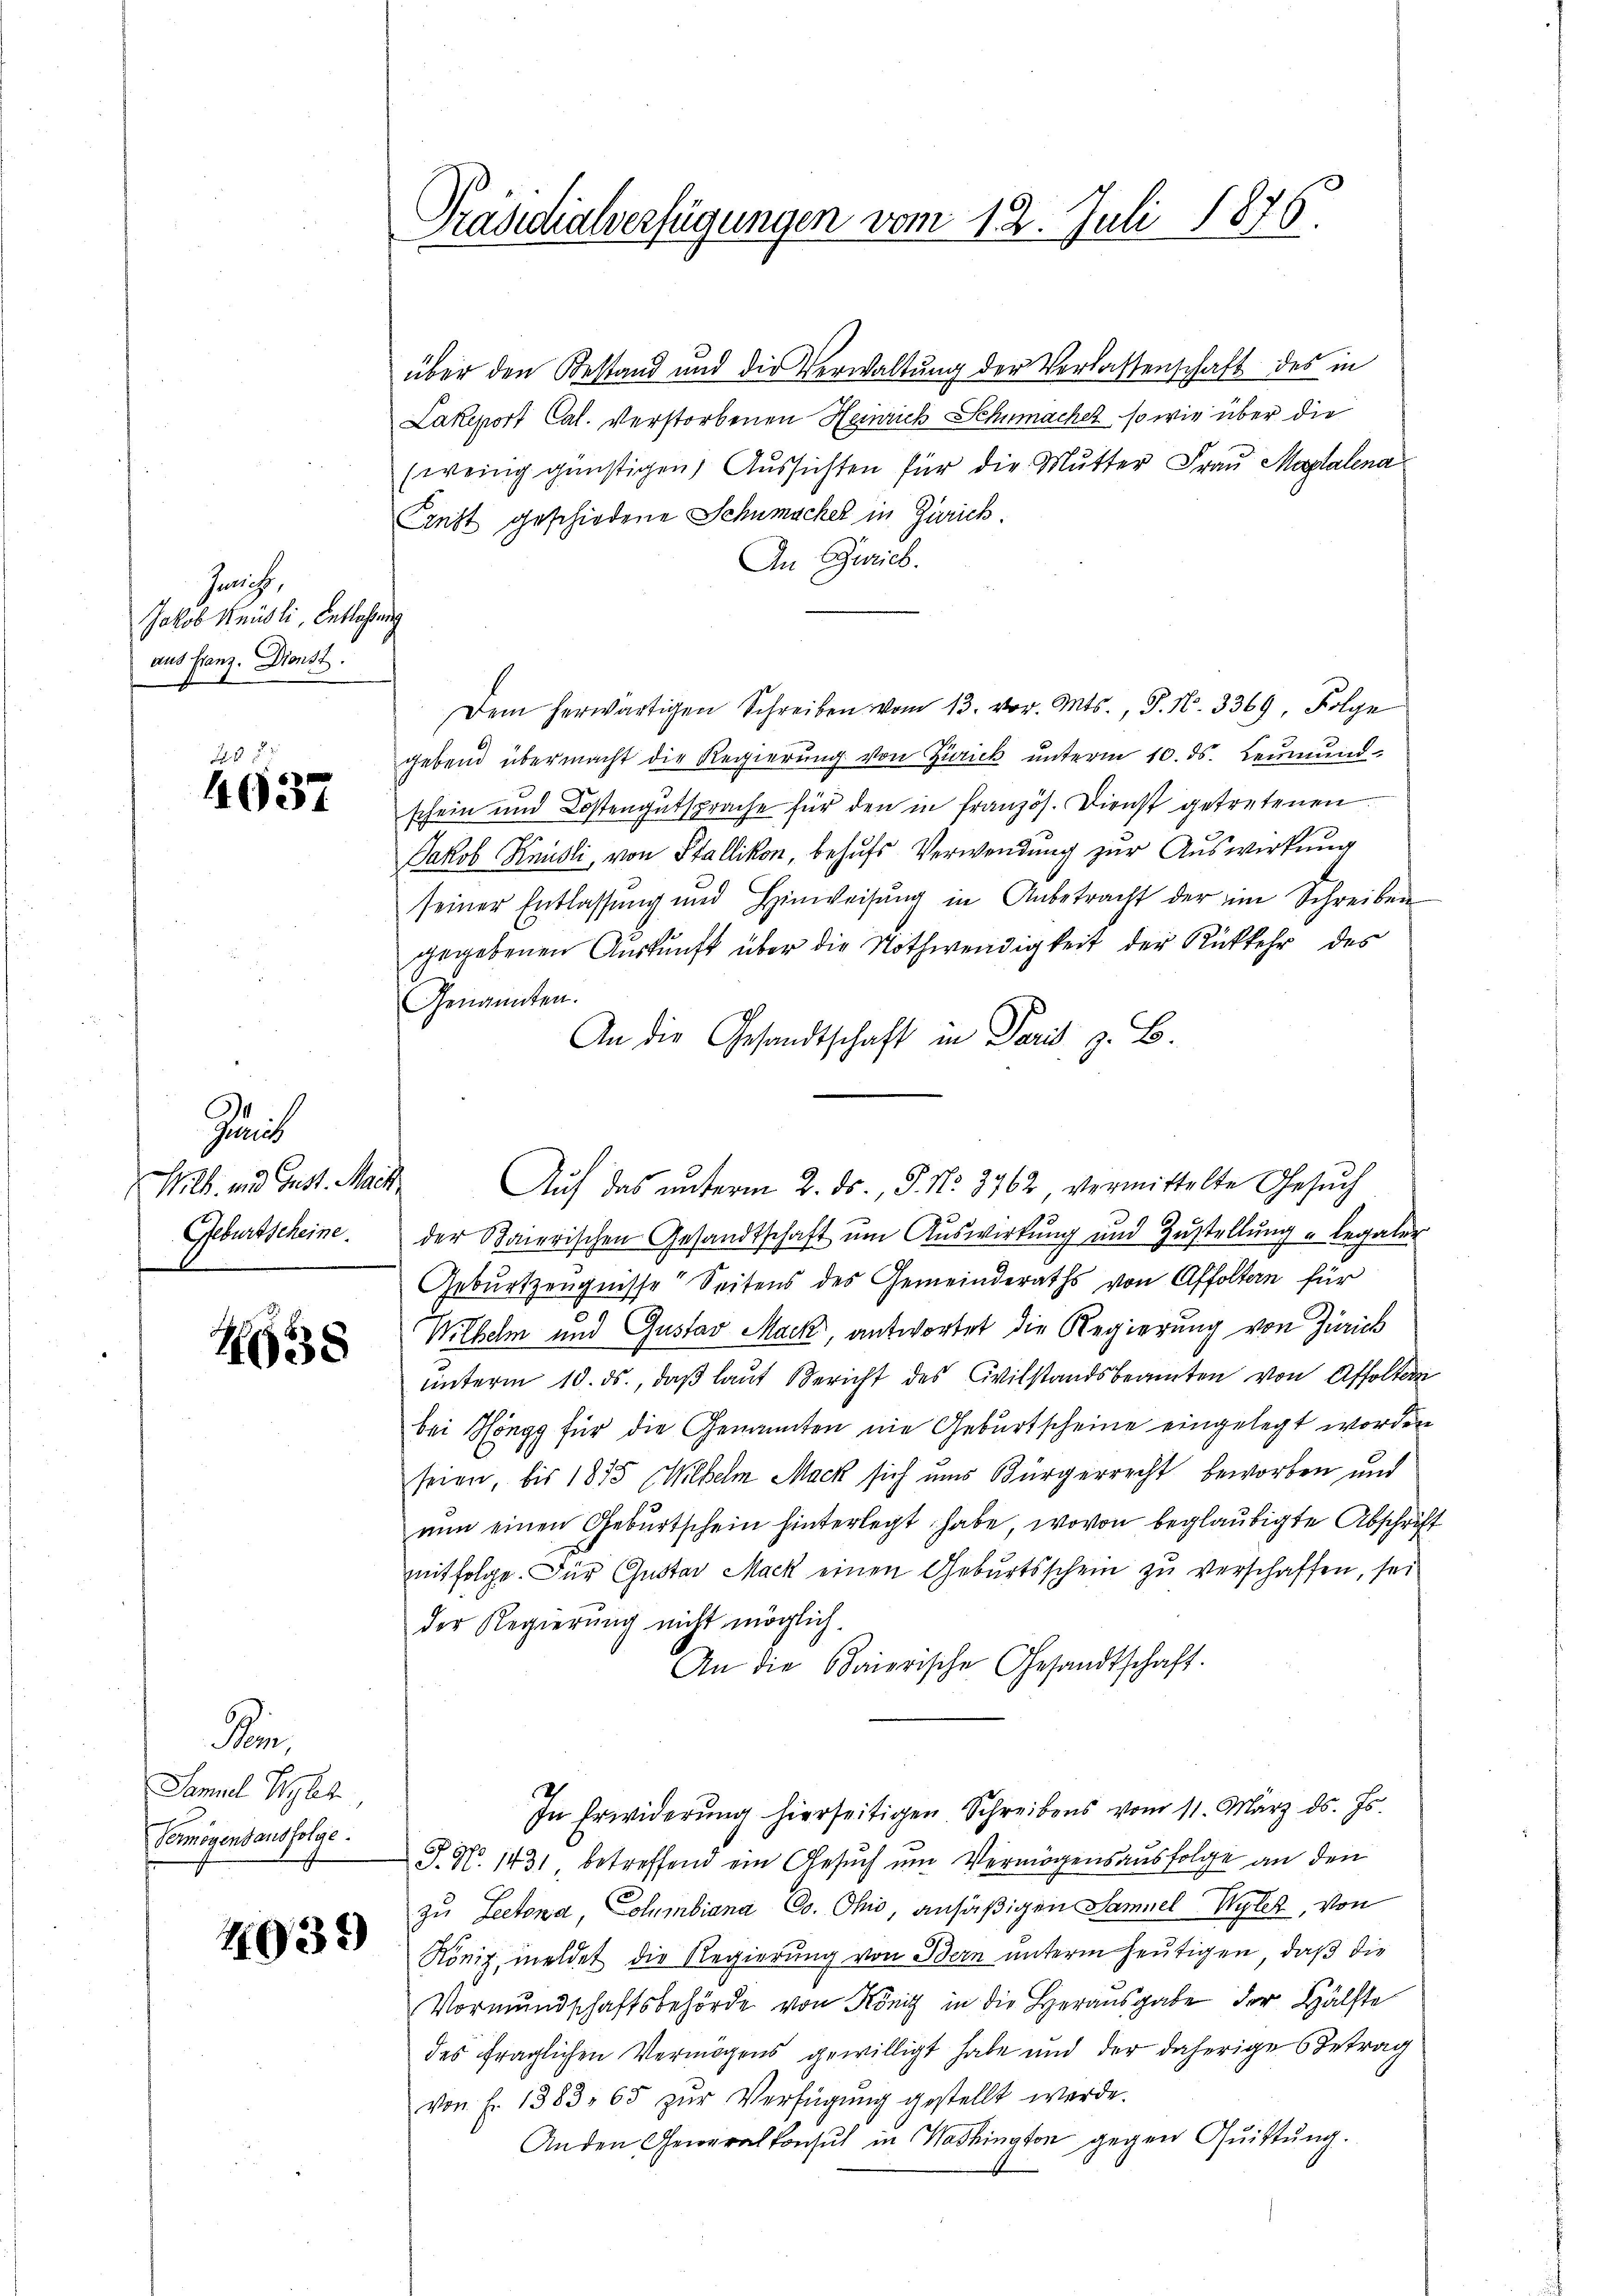
Gericht,
Jakob Knüsli, Entlaßung
aus Franz. Dienst.

288.
4037

Zürich
Wilh. und Gust. Maik
Geburtscheine.

H638

Bin
Samuel Bybet
Vermögensausfolge.

4039

Präsidialverfügungen vom 12. Juli 1876.

über den Bestand und die Verwaltŭng der Verlassenschaft des in
Lakeport Cal. Verstorbenen Heinrich Schumacher so wie über die
(wenig günstigen Aŭssichten für die Mutter Frau Moralena
Ernst geschiedene Schumachel in Zürich.
An Zürich.
Dem herwärtigen Schreiben vom 13. vor. Mts., S. N. 3369, Folge
gebend übermacht die Regierung von Zürick unterm 10. ds. Leumund.
schein und Kostengutsprache für den in französ. Dienst getretenen
Jakob Knüsli, von Stallikon, behufs Verwendung zur Auswirkung
seiner Entlassung und Hinweisŭng in Anbetracht der im Schreiben
gegebenen Aŭskŭnft über die Nothwendigkeit der Rückkehr des
Genannten.
An die Gesandtschaft in Paris z. B.
der Baierischen Gesandtschaft ŭm Aŭswirkung und Zŭstellŭng u legaler
Geburtzeugnisse Seitens des Gemeinderaths von Affolten für
Wilhelm und Gustav Mack, antwortet die Regierung von Zürich
ŭnterm 10. ds., daβ laut Bericht des Civilstandsbeamten von Affolte
bei Höngg für die Genannten nie Geburtscheine eingelegt worden
seien, bis 1855 (Wilhelm Mack sich uns Bürgerrecht beworben und
nŭn einen Gebŭrtschein hinterlegt habe, wovon beglaubigte Abschrift
mitfolge. Für Gustav Mack einen Geburtsschein zu verschaffen, sei
der Regierung nicht möglich.
An die Baierische Gesandtschaft.
In Erwiderŭng hierseitigen. Schreibens vom 11. März d. Js.
J. No. 1431, betreffend ein Gesuch um Vermögensausfolge an den
zu Lectona Columbiana Co. Ohio, ansäßigen Samuel Wyler, von
Rönig, meldet die Regierung von Bern unterm heutigen, daß die
Vormundschaftsbehörde von König in die Herausgabe der Hälfte
des fraglichen Vermögens gewilligt habe und der daherige Betrag
von f. 1383. 65 zŭr Verfügung gestellt werde.
Anden Generalkonsul in Washington gegen Quittung.

Auf das unterm 2. ds., P. Nr. 3762 vermittelte Gesuch